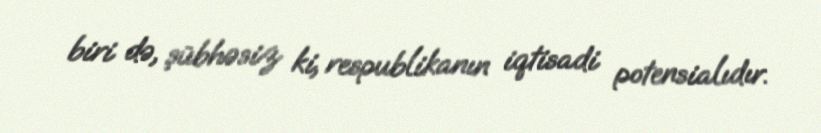
biri də, şübhəsiz ki, respublikanın iqtisadi potensialıdır.